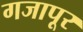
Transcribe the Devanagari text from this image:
गजापूर